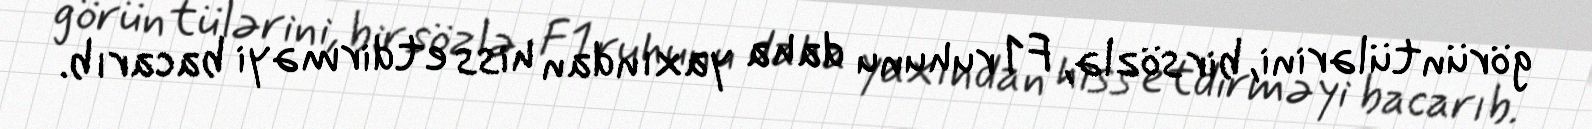
görüntülərini, bir sözlə, F1 ruhunu daha yaxından hiss etdirməyi bacarıb.